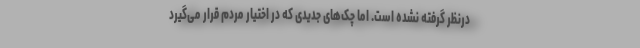
درنظر گرفته نشده است. اما چک‌های جدیدی که در اختیار مردم قرار می‌گیرد